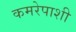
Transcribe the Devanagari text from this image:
कमरेपाशी